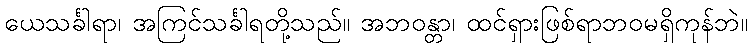
ယေသင်္ခါရာ၊ အကြင်သင်္ခါရတို့သည်။ အဘဝန္တာ၊ ထင်ရှားဖြစ်ရာဘဝမရှိကုန်ဘဲ။